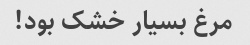
مرغ بسیار خشک بود!